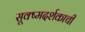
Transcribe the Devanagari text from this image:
सूक्ष्मदर्शकाची